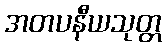
အတပနီယသုတ္တ